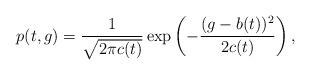
LaTeX: \begin{align*} p(t,g)=\frac{1}{\sqrt{2\pi c(t)}}\exp\left(-\frac{(g-b(t))^2}{2c(t)}\right), \end{align*}